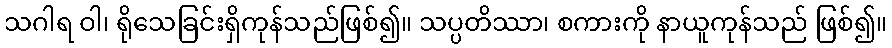
သဂါရ ဝါ၊ ရိုသေခြင်းရှိကုန်သည်ဖြစ်၍။ သပ္ပတိဿာ၊ စကားကို နာယူကုန်သည် ဖြစ်၍။